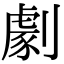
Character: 劇